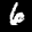
Label: 6